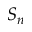
S _ { n }